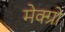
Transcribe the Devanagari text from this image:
मेक्ग्रो